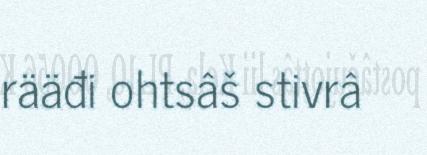
rääđi ohtsâš stivrâ